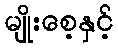
မျိုးစေ့နှင့်